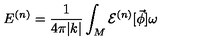
E ^ { ( n ) } = \frac { 1 } { 4 \pi | k | } \int _ { M } { \cal E } ^ { ( n ) } [ \vec { \phi } ] \omega